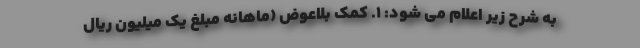
به شرح زیر اعلام می شود: ۱. کمک بلاعوض (ماهانه مبلغ یک میلیون ریال